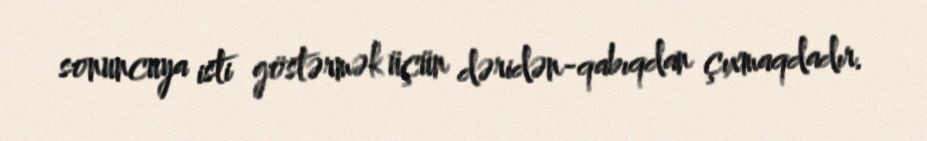
sonuncuya isti göstərmək üçün dəridən-qabıqdan çıxmaqdadır.